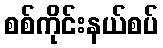
စစ်ကိုင်းနယ်စပ်